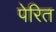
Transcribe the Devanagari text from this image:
पेरित